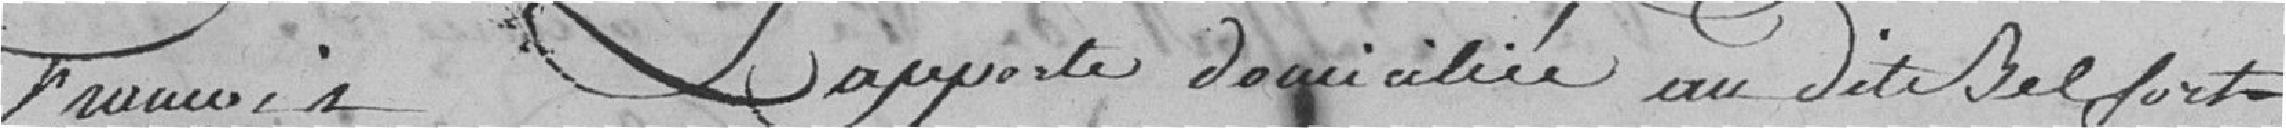
François Lapporte, domiciliée au dit Belfort